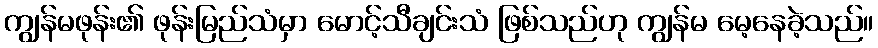
ကျွန်မဖုန်း၏ ဖုန်းမြည်သံမှာ မောင့်သီချင်းသံ ဖြစ်သည်ဟု ကျွန်မ မေ့နေခဲ့သည်။